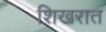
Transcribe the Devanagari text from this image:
शिखरात